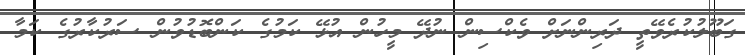
ގަބޫލުކުރެވޭތީ ދަރިންނަށް ވެކްސިން ނުދޭ މީހުން އުޅޭ ކަމުގެ ކަންބޮޑުވުން ސަރުކާރުގެ ކަމާ